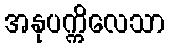
အနုပက္ကိလေသာ